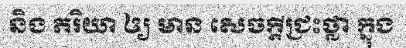
និង ភរិយា ឲ្យ មាន សេចក្តីជ្រះថ្លា ក្នុង